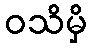
ဝသိမှိ